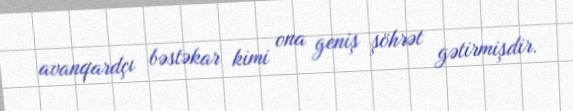
avanqardçı bəstəkar kimi ona geniş şöhrət gətirmişdir.